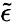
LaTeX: \tilde{\epsilon}